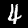
Label: 4